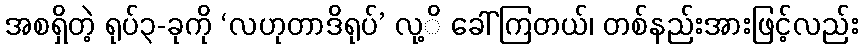
အစရှိတဲ့ ရုပ်၃-ခုကို ‘လဟုတာဒိရုပ်’ လု့ိ ခေါ်ကြတယ်၊ တစ်နည်းအားဖြင့်လည်း